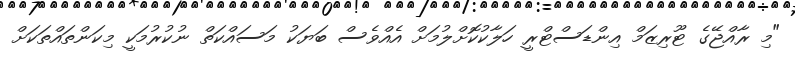
"މި ރާއްޖޭގެ ޓޫރިޒަމް އިންޑަސްޓްރީ ހަލާކުކޮށްލުމަށް އެއްވެސް ބަޔަކު މަސައްކަތް ނުކުރުމަކީ މިކަންތައްތަކަށް